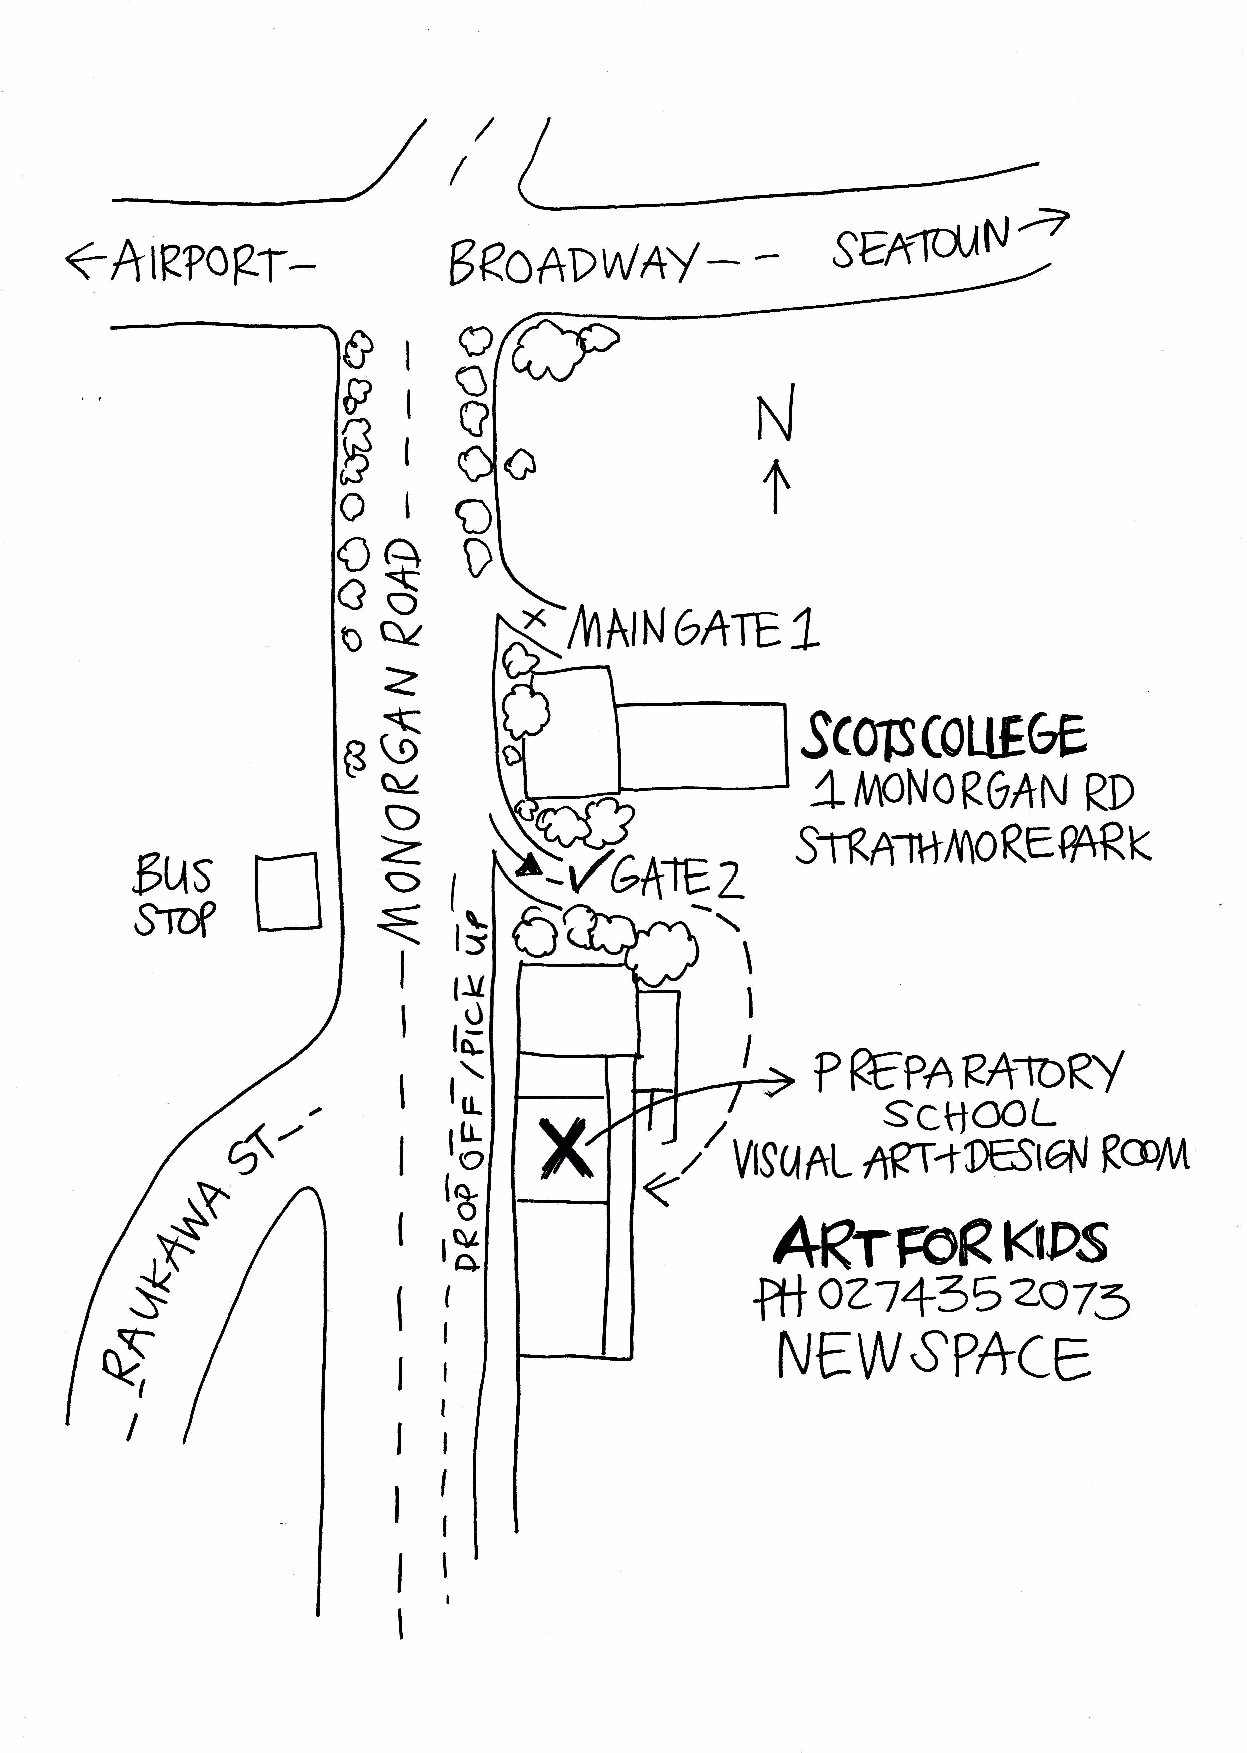
I
 SElrKxlYla
 <hlR?o?r-
 6eo*DwAY-
 I
 P
 l
 I
 I
 (-}t
 a
 a/
 /1'IAINOAIEL
 o
 =
 (9                          scoE(0trE6E
 B
 a/
 4
 /I^ONOROAN     RD
 D
 z
 n
 (etw           ffinrrrnnoREgqRK
 Fus             a
 Z
 I
 SroP
 I
 1s
 tll
 d
 tq-
 PREPARA'bRY
 r)
 ,,
 scklool
 r$
 'V|SU  Xyffi+OESratl      RaDM
 lg
 ,V
 AKTFoRKTPS
 lg
 oz1+352o73
 fti
 tvE\/Vs?*ce